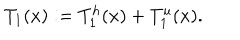
T _ { 1 } ( x ) : = T _ { 1 } ^ { h } ( x ) + T _ { 1 } ^ { u } ( x ) .